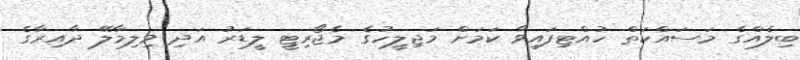
ބިލެއްގެ މަސައްކަތް ހުއްޓިފައިވާ ކަމަށް މަޖިލީހުގެ މެޖޯރިޓީ ލީޑަރު އަދި ވިލިމާލޭ ދާއިރާގެ